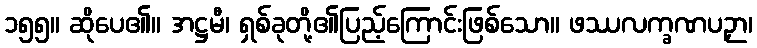
၁၅၅။ ဆိုပေ၏။ အဋ္ဌမီ၊ ရှစ်ခုတို့၏ပြည့်ကြောင်းဖြစ်သော။ ဖဿလက္ခဏပဉှာ၊